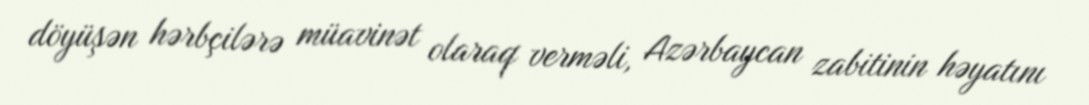
döyüşən hərbçilərə müavinət olaraq verməli, Azərbaycan zabitinin həyatını